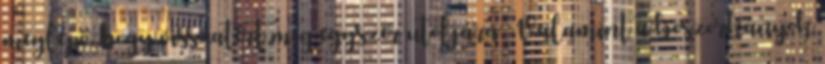
meglepő, hogy visszatért még egyszer utoljára. Valamint a boszorkányok